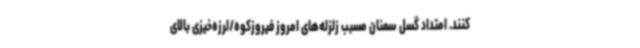
کنند. امتداد گسل سمنان مسبب زلزله‌های امروز فیروزکوه/لرزه‌خیزی بالای